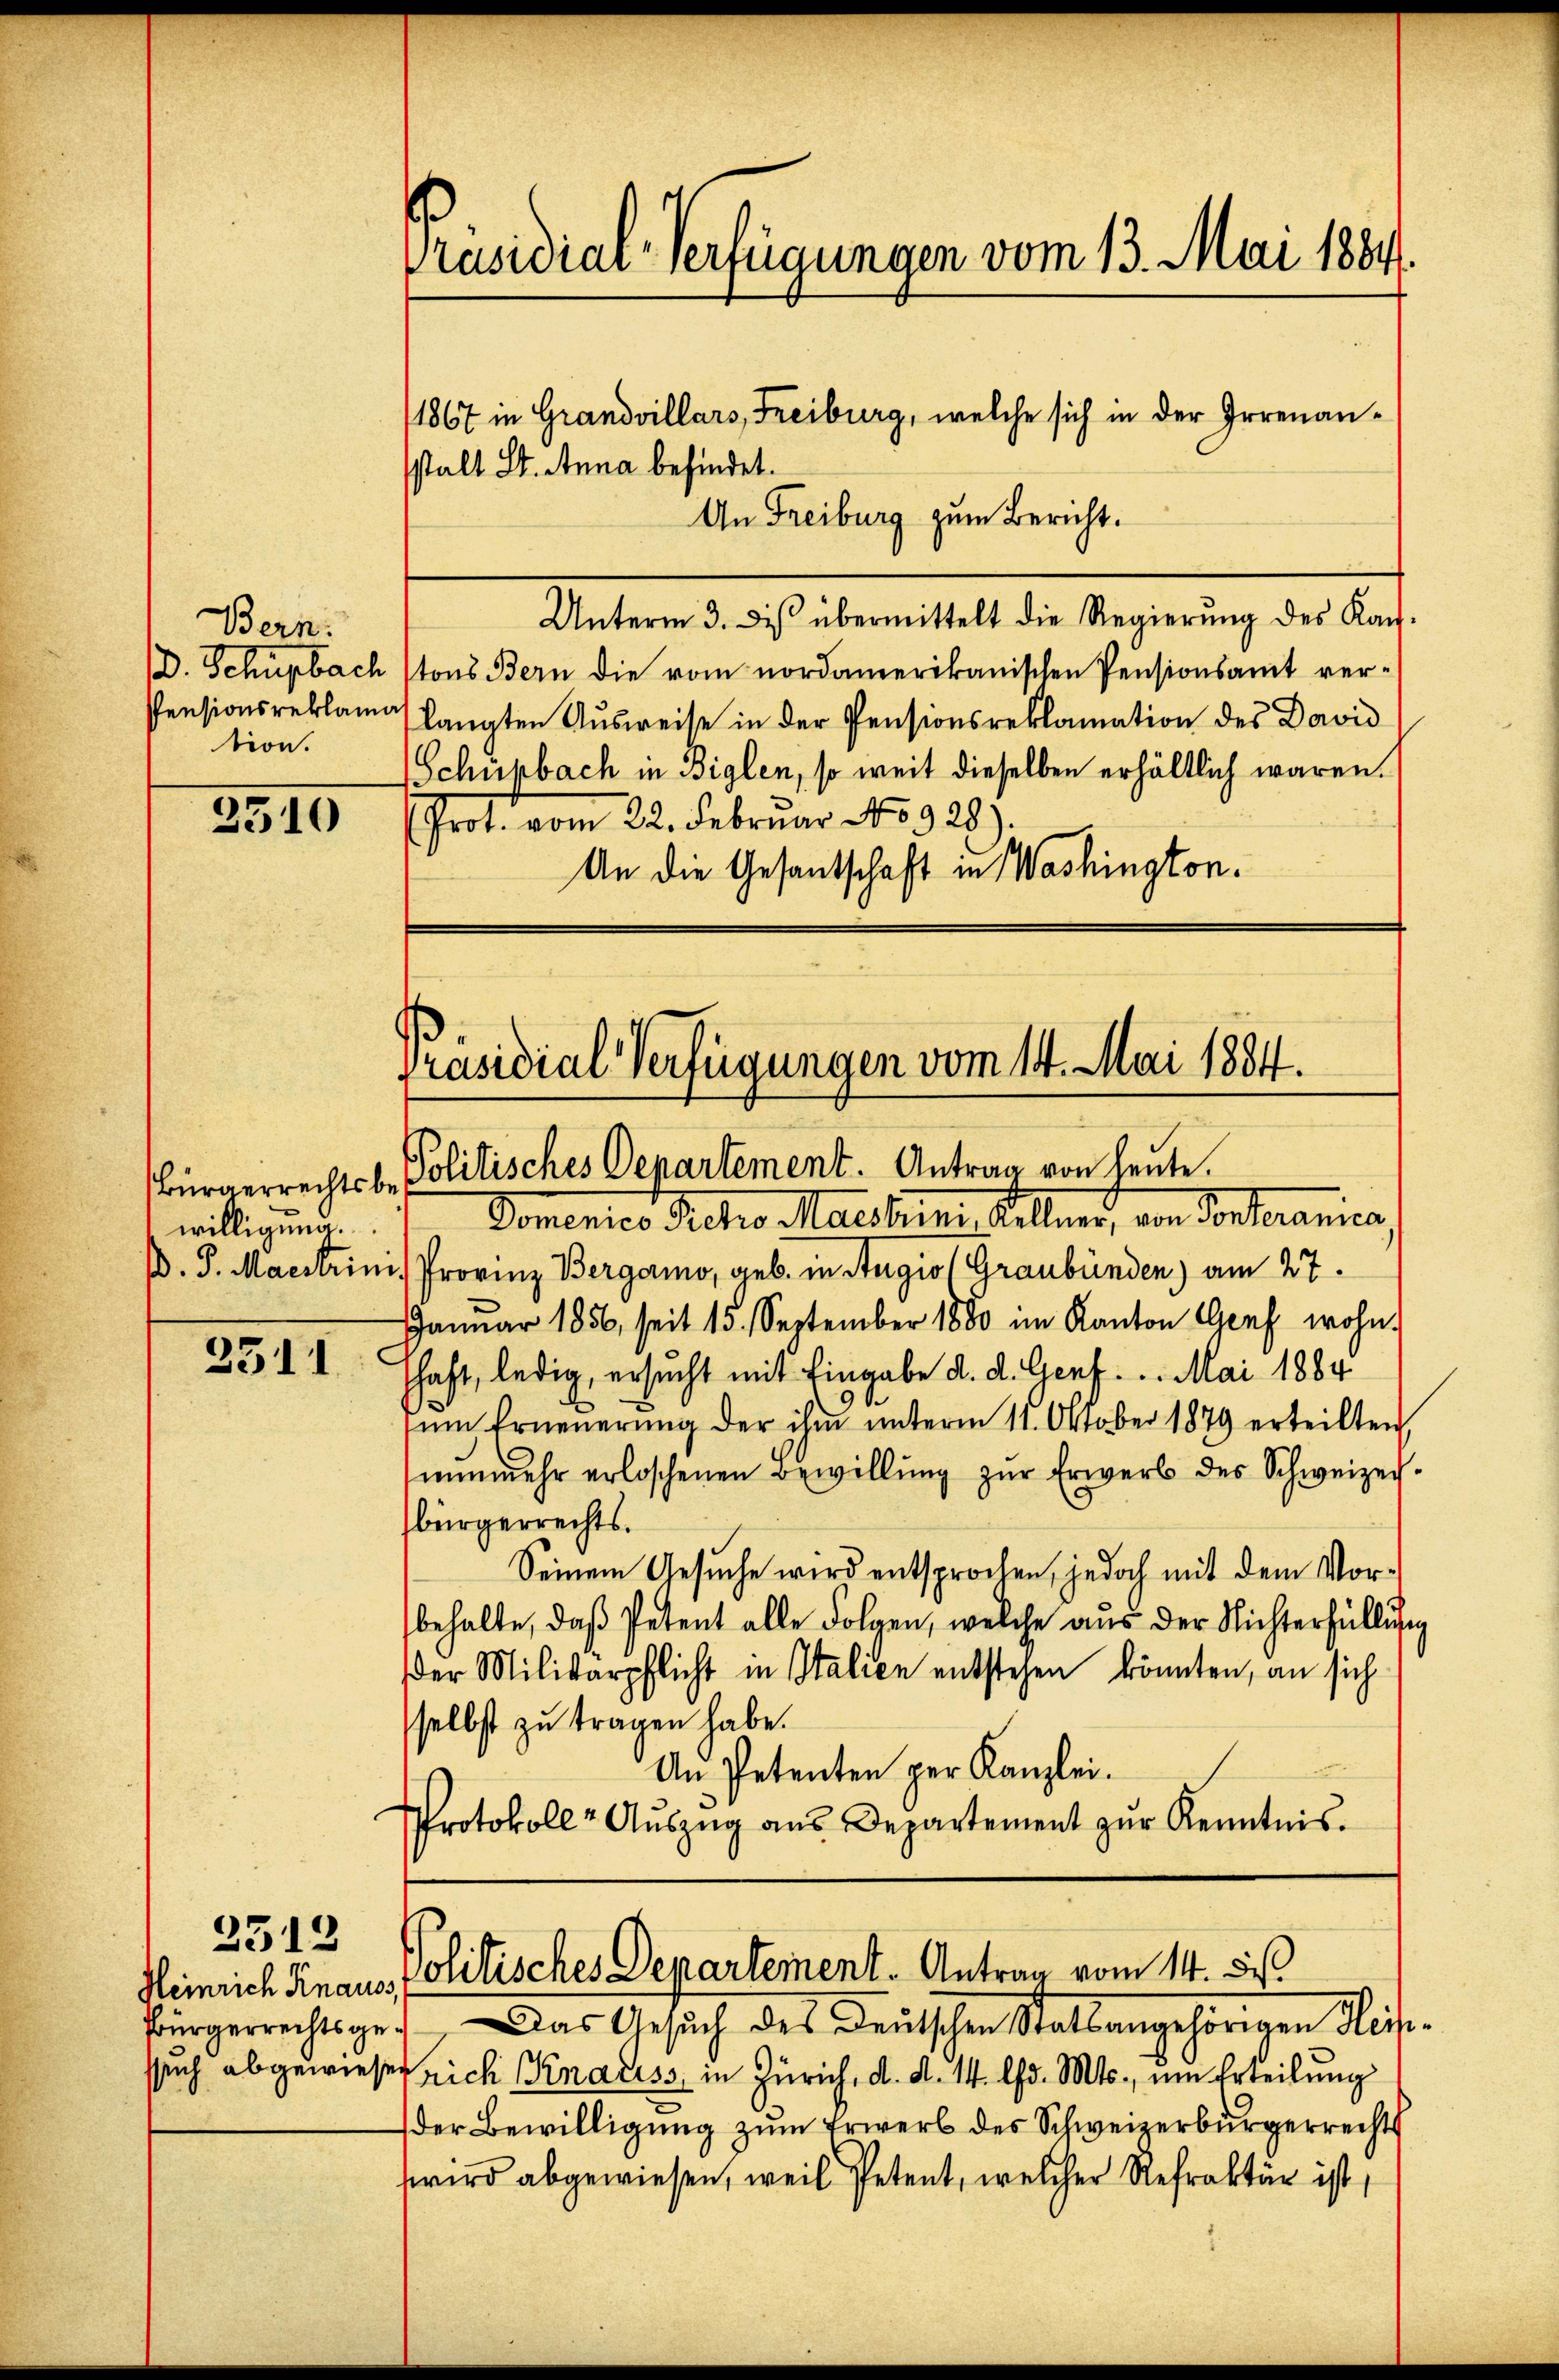
Bern.
. Schupbach
tion.

2510

willigung.

351

2512
ssuch abgewies

stalt St. Anna befindet.
An Freiburg zum Bericht.
Unterm 3. des übermittelt die Regierŭng des Kauf-
tons Bern die vom nordamerikanischen Pensionsamt ver¬
Pensionsreklame langten Ausweise in der Pensionsreklamation des David
Schüpbach in Biglen, so weit dieselben erhältlich waren.
(Grot. vom 22. Februar No 928).
An die Gesantschaft in Washington.

Präsidial-Verfügungen vom 13. Mai 1881.

1867 in Grandvillars, Freiburg, welche sich in der Irrenan¬

Präsidial-Verfügungen vom 14. Mai 1884.
Bürgerrechtsbe Politisches Departement. Antrag von heute.

Domenico Scho Marthin, Kellner, von Vorterenis,
. P. Maestrini Provinz Bergamo, geb. in Augio (Graubünden) am 27.
Januar 1856, seit 15. September 1880 im Kanton Genf wohn
schaft, ledig, ersucht mit Eingabe d. d. Genf.. Mai 1884
ŭm Erneŭerŭng der ihm ŭnterm 11. Oktober 1879 erteilten,
nŭnmehr erloschenen Bewillŭng zŭr Erwerb des Schweizer-
bürgerrechts.
Seinem Gesuche wird entsprochen, jedoch mit dem Vorbehalte, daß Petent alle Folgen, welche aus der Nichterfüllung
der Militärpflicht in Italien entstehen könnten, an sich
selbst zu tragen habe.
An Petenten per Kanzlei.
Protokolle Aŭszŭg ans Departement zŭr Kenntnis.

Heinrich Knaus Politisches Departement. Antrag vom 14. des

Bürgerrechtsge. Das Gesuch des Deutschen Statbangehörigen Heiser rich Knariss, in Zürich, d. d. 14. d. Mts., um Erteilung
der Bewilligung zum Erwerb des Schweizerbürgerrechts
wwird abgewiesen, weil Petent, welcher Refraktär ist,